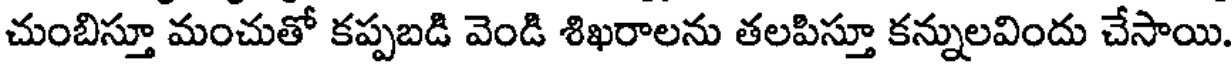
చుంబిస్తూ మంచుతో కప్పబడి వెండి శిఖరాలను తలపిస్తూ కన్నులవిందు చేసాయి